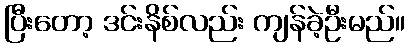
ပြီးတော့ ဒင်းနိစ်လည်း ကျန်ခဲ့ဦးမည်။